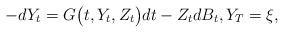
LaTeX: \begin{align*}- d Y_t = G\bigl(t, Y_t, Z_t\bigr) dt - Z_tdB_t, Y_T=\xi, \end{align*}